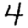
Digit: 4